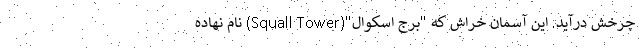
چرخش درآید. این آسمان خراش که "برج اسکوال"(Squall Tower) نام نهاده